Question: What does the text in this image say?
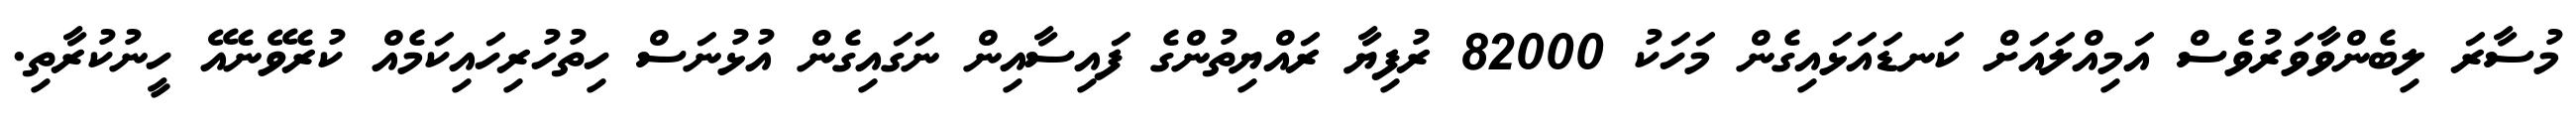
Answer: މުސާރަ ލިބެންވާވަރުވެސް އަމިއްލައަށް ކަނޑައަޅައިގެން މަހަކު 82000 ރުފިޔާ ރައްޔިތުންގެ ފައިސާއިން ނަގައިގެން އުޅުނަސް ހިތުހުރިހައިކަމެއް ކުރެވޭނެއޭ ހީނުކުރާތި.